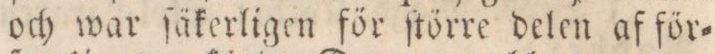
och war ſäkerligen för ſtörre delen af för=